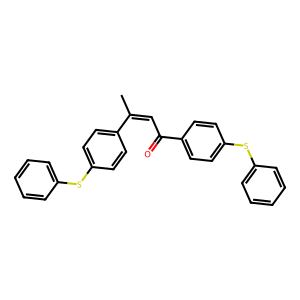
SMILES: CC(=CC(=O)c1ccc(Sc2ccccc2)cc1)c1ccc(Sc2ccccc2)cc1
Inhibits HIV replication: No